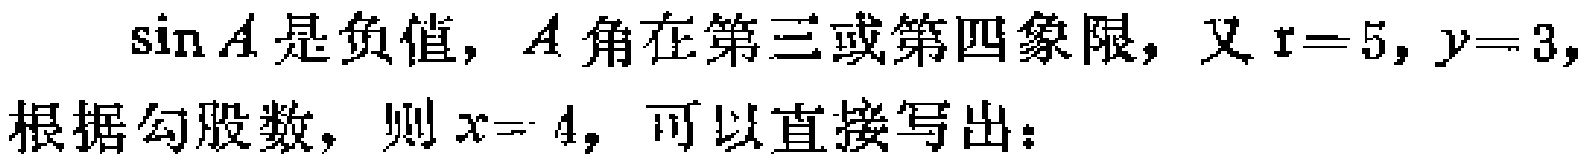
$\sin A\text{ 是负值，}A\text{ 角在第三或第四象限，又}r = 5,y = 3,$
$根据勾股数，则}x = \pm4，可以直接写出：$